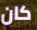
كان